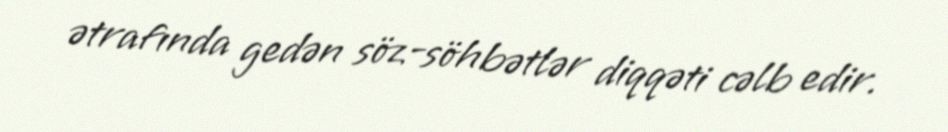
ətrafında gedən söz-söhbətlər diqqəti cəlb edir.